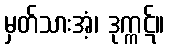
မှတ်သားအံ့၊ ဒုက္ကဋ်။